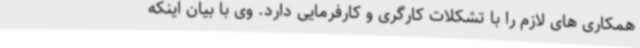
همکاری های لازم را با تشکلات کارگری و کارفرمایی دارد. وی با بیان اینکه